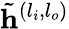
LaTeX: \tilde{\mathbf{h}}^{(l_{i},l_{o})}